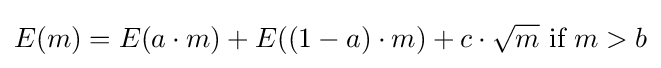
E(m)=E(a\cdot m)+E((1-a)\cdot m)+c\cdot {\sqrt {m}}{\text{ if }}m>b